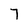
Character: 7